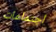
اجتماعات